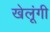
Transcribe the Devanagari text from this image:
खेलूंगी